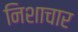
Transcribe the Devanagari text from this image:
निशाचार